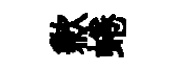
歉蜷